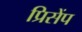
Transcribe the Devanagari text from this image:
प्रिसेंप